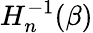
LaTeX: H_{n}^{-1}(\beta)